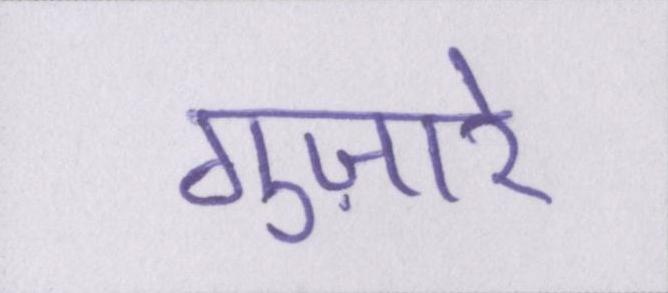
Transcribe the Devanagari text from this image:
गुज़ारे